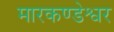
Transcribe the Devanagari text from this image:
मारकण्डेश्वर